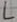
Text: L